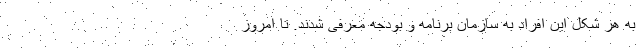
به هر شکل این افراد به سازمان برنامه و بودجه معرفی شدند. تا امروز